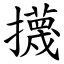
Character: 㩢